Senior Leaving Certificate Examination (including Day School Certificate (Higher) General paper), 1946
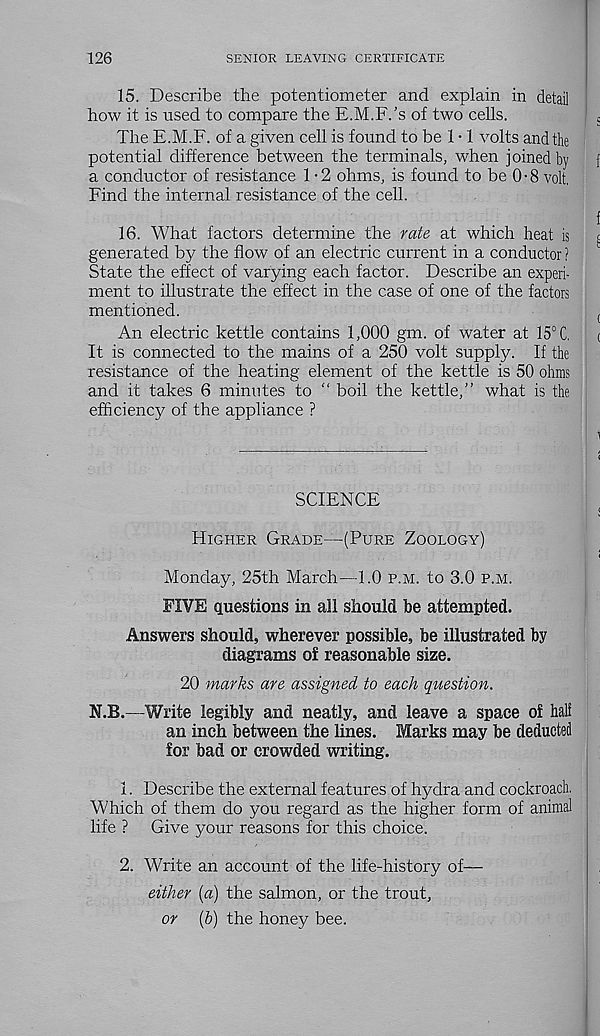
126
SENIOR LEAVING CERTIFICATE
15. Describe the potentiometer and explain in detail
how it is used to compare the E.M.F.'s of two cells.
The E.M.F. of a given cell is found to be 1 • 1 volts and the
potential difference between the terminals, when joined by
a conductor of resistance 1 • 2 ohms, is found to be 0 ■ 8 volt.
Find the internal resistance of the cell.
16. What factors determine the rate at which heat is
generated by the flow of an electric current in a conductor ?
State the effect of varying each factor. Describe an experi-
ment to illustrate the effect in the case of one of the factors
mentioned.
An electric kettle contains 1,000 gm. of water at 15° C.
It is connected to the mains of a 250 volt supply. If the
resistance of the heating element of the kettle is 50 ohms
and it takes 6 minutes to “ boil the kettle,” what is the
efficiency of the appliance ?
SCIENCE
Higher Grade—(Pure Zoology)
Monday, 25th March—1.0 p.m. to 3.0 p.m.
FIVE questions in all should be attempted.
Answers should, wherever possible, be illustrated by
diagrams o£ reasonable size.
20 marks are assigned to each question.
N.B.—Write legibly and neatly, and leave a space of half
an inch between the lines. Marks may be deducted
for bad or crowded writing.
1. Describe the external features of hydra and cockroach.
Which of them do you regard as the higher form of animal |
life ? Give your reasons for this choice.
2. Write an account of the life-history of—
either (a) the salmon, or the trout,
or (6) the honey bee.